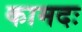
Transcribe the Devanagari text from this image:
कामदः